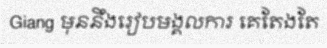
Giang មុននឹងរៀបមង្គលការ គេតែងតែ